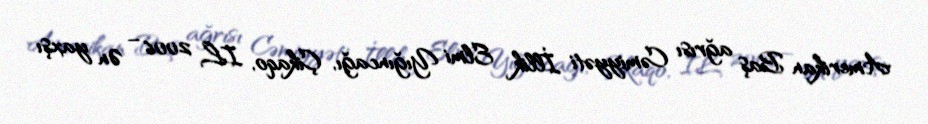
Amerikan Baş ağrısı Cəmiyyəti İllik Elmi Yığıncağı, Çikaqo, IL 2006 – Ən yaxşı